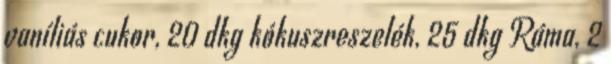
vaníliás cukor, 20 dkg kókuszreszelék, 25 dkg Ráma, 2